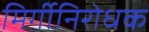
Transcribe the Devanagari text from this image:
मिर्गीनिरोधक